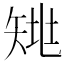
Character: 𰦗